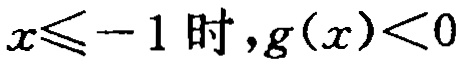
\(x\leqslant -1 \text{ 时},g(x)<0\)